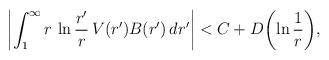
LaTeX: \begin{align*}\left|\int_1^{\infty}r\,\ln {r'\over r}\,V(r')B(r')\,dr'\right|<C+D\biggl(\ln {1\over r}\biggr),\end{align*}